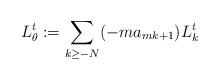
LaTeX: \begin{align*} L^t_{\theta}: =\sum_{k\geq -N} (-m a_{mk+1}) L^t_k \end{align*}